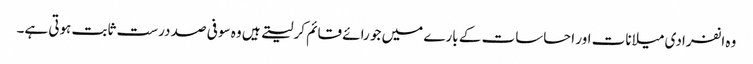
وہ انفرادی میلانات اور احساسات کے بارے میں جو رائے قائم کر لیتے ہیں وہ سو فی صد درست ثابت ہوتی ہے۔